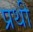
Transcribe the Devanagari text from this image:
प्रथी